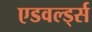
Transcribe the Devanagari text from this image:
एडवर्ल्ड्स